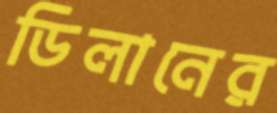
ডিলানের